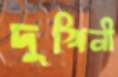
দুখিনী